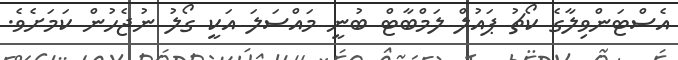
އެސްޓަންވިލާގެ ކޯޗު ޕައުލް ލަމްބާޓް ބުނީ މައްސަލަ އަކީ ގޯލު ނުޖެހުން ކަމަށެވެ.